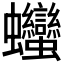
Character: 𧖣